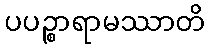
ပပဉ္စာရာမဿာတိ